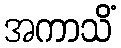
အကာသိံ